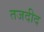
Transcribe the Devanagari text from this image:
तजदीद